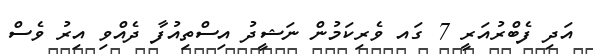
އަދި ފެބްރުއަރީ 7 ގައ ވެރިކަމުން ނަޝީދު އިސްތިއުފާ ދެއްވި އިރު ވެސް